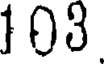
103